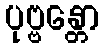
ပုဗ္ဗန္တော